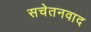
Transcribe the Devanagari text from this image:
सचेतनवाद